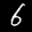
Label: 6